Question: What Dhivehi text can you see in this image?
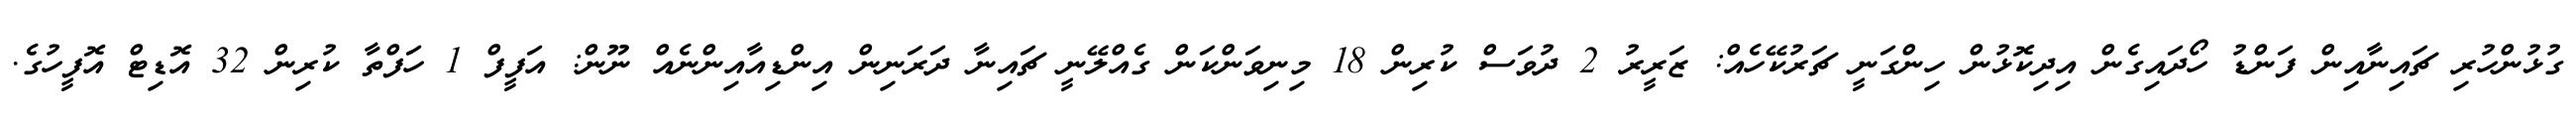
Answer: ގުޅުންހުރި ޗައިނާއިން ފަންޑު ހޯދައިގެން އިދިކޮޅުން ހިންގަނީ ޗަރުކޭހެއް: ޒަރީރު 2 ދުވަސް ކުރިން 18 މިނިވަންކަން ގެއްލޭނީ ޗައިނާ ދަރަނިން އިންޑިއާއިންނެއް ނޫން: އަފީފް 1 ހަފްތާ ކުރިން 32 އޮޑިޓް އޮފީހުގެ.